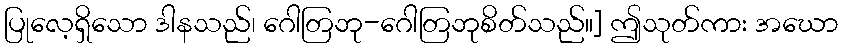
ပြုလေ့ရှိသော ဒါနသည်၊ ဂေါတြဘု-ဂေါတြဘုစိတ်သည်။] ဤသုတ်ကား အဃော